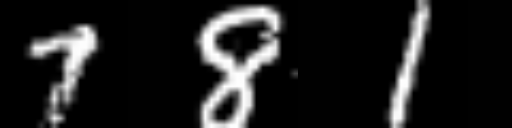
Text: 781